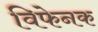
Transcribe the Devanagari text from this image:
विफेनक